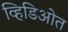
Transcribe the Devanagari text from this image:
व्हिडिओत